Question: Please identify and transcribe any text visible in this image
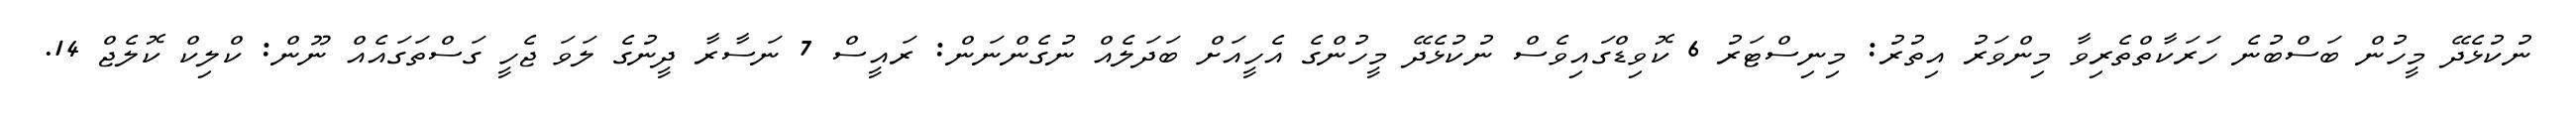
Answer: ނުކުޅެދޭ މީހުން ބަސްބުނެ ހަރަކާތްތެރިވާ މިންވަރު އިތުރު: މިނިސްޓަރު 6 ކޮވިޑްގައިވެސް ނުކުޅެދޭ މީހުންގެ އެހީއަށް ބަދަލެއް ނުގެންނަން: ރައީސް 7 ނަސާރާ ދީނުގެ ލަވަ ޖެހީ ގަސްތަގައެއް ނޫން: ކްލިކް ކޮލެޖް 14.